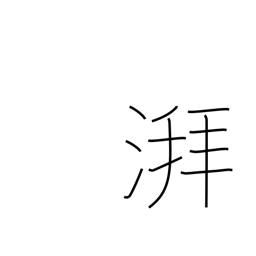
Meaning: sound of waves